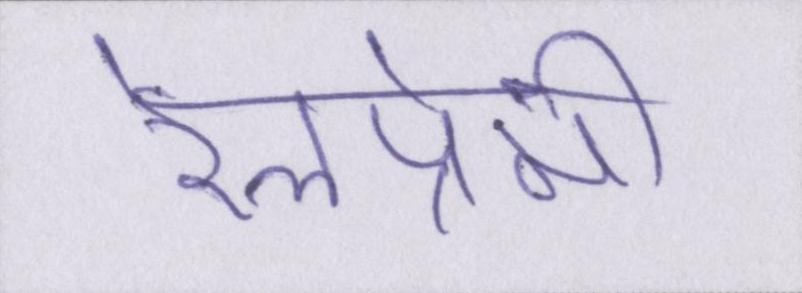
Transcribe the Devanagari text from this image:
रेलप्रेमी